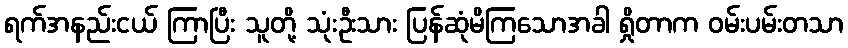
ရက်အနည်းငယ် ကြာပြီး သူတို့ သုံးဦးသား ပြန်ဆုံမိကြသောအခါ ရှိုတာက ဝမ်းပမ်းတသာ